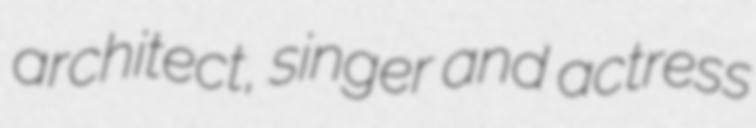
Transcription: architect, singer and actress